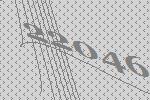
22046